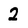
Character: 2